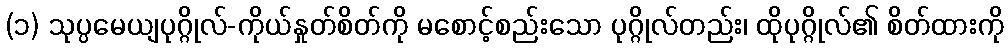
(၁) သုပ္ပမေယျပုဂ္ဂိုလ်-ကိုယ်နှုတ်စိတ်ကို မစောင့်စည်းသော ပုဂ္ဂိုလ်တည်း၊ ထိုပုဂ္ဂိုလ်၏ စိတ်ထားကို